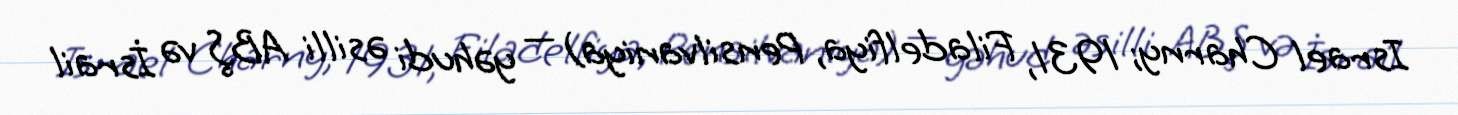
Israel Charny; 1931, Filadelfiya, Pensilvaniya) — yəhudi əsilli ABŞ və İsrail